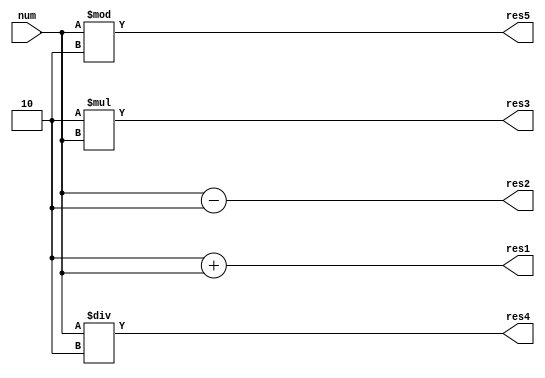
`timescale 1ns / 1ps
//////////////////////////////////////////////////////////////////////////////////
// Company: 
// Engineer: 
// 
// Design Name: 
// Module Name: arithmetic_constant
// Project Name: 
// Target Devices: 
// Tool Versions: 
// Description: 
// 
// Dependencies: 
// 
// Revision:
// Revision 0.01 - File Created
// Additional Comments:
// 
//////////////////////////////////////////////////////////////////////////////////


module arithmetic_constant(num,res1,res2,res3,res4,res5);

input [7:0] num;
output [7:0] res1;
output [7:0] res2;
output [7:0] res3;
output [7:0] res4;
output [7:0] res5;

parameter coef=8'h02;

//addition
assign res1=coef+num;

//subtarction
assign res2 =num-coef;

//multiplication
assign res3=coef*num;

//division
assign res4 = num/coef;

//modulus
assign res5=num%coef;

endmodule